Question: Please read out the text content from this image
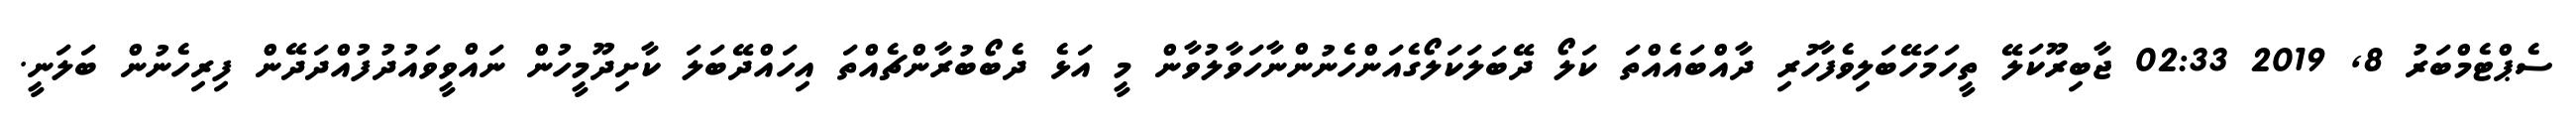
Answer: ސެޕްޓެމްބަރު 8, 2019 02:33 ޖާބިރޫކަލޭ ތީހަމަހޭބަލިވެފާހުރި ދާއްބައެއްތަ ކަލޯ ދޭބަލަކަލޯގެއަންހެނުންނާހަވާލުވާން މީ އަޅެ ދެބޯބުރާންޗެއްތަ އިހައްދޭބަލަ ކާށިދޫމީހުން ނައްވީވައުދުފުއްދަދޭން ފިރިހެނުން ބަލަނީ.